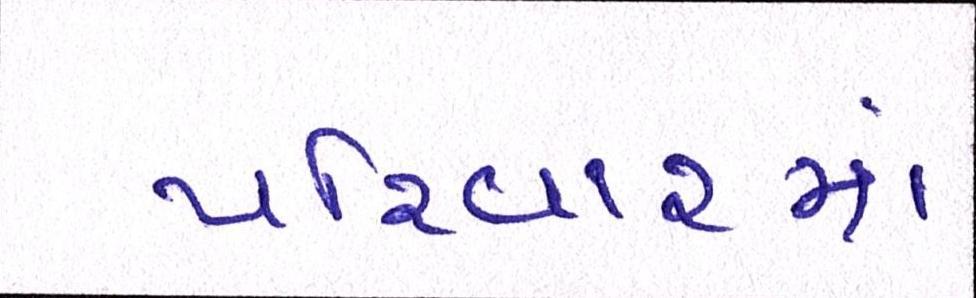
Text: પરિવારમાં